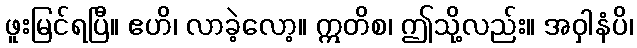
ဖူးမြင်ရပြီ။ ဧဟိ၊ လာခဲ့လော့။ ဣတိစ၊ ဤသို့လည်း။ အဝှါနံပိ၊